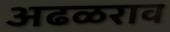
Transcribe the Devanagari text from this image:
अढळराव